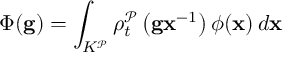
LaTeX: \Phi ( \mathbf { g } ) = \int _ { K ^ { \mathcal { P } } } \rho _ { t } ^ { \mathcal { P } } \left( \mathbf { g x } ^ { - 1 } \right) \phi ( \mathbf { x } ) \, d \mathbf { x }